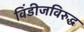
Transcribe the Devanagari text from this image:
विंडीजविरुद्ध